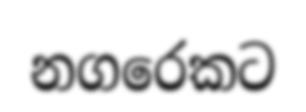
නගරෙකට